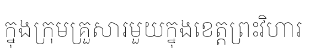
ក្នុងក្រុមគ្រួសារមួយក្នុងខេត្តព្រះវិហារ